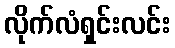
လိုက်လံရှင်းလင်း